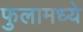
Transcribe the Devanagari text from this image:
फुलामध्ये